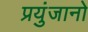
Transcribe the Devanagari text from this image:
प्रयुंजानो